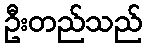
ဦးတည်သည်